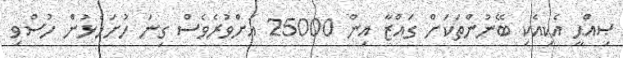
ޞިއްޙީ އެކިއެކި ބޭނުންތަކަށް ގައްޒާ އިން 25000 އަށްވުރެވެސް ގިނަ ހުށަހެޅުން ހުސްވި